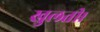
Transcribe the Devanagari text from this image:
खुलती।